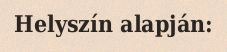
Helyszín alapján: